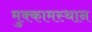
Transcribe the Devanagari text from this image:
मुक्कामस्थान